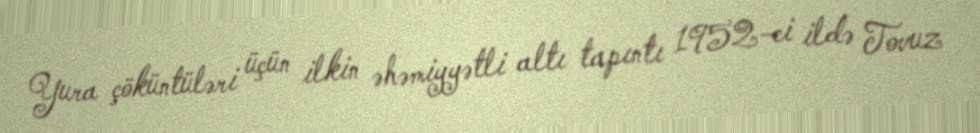
Yura çöküntüləri üçün ilkin əhəmiyyətli altı tapıntı 1952-ci ildə Tovuz